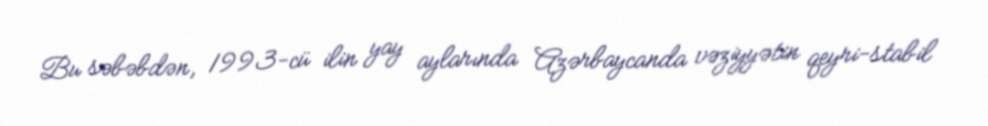
Bu səbəbdən, 1993-cü ilin yay aylarında Azərbaycanda vəziyyətin qeyri-stabil